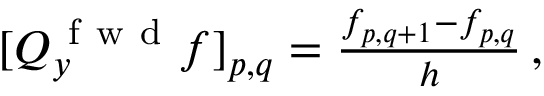
\begin{array} { r } { [ Q _ { y } ^ { \mathrm { ~ f ~ w ~ d ~ } } f ] _ { p , q } = \frac { f _ { p , q + 1 } - f _ { p , q } } { h } \, , } \end{array}